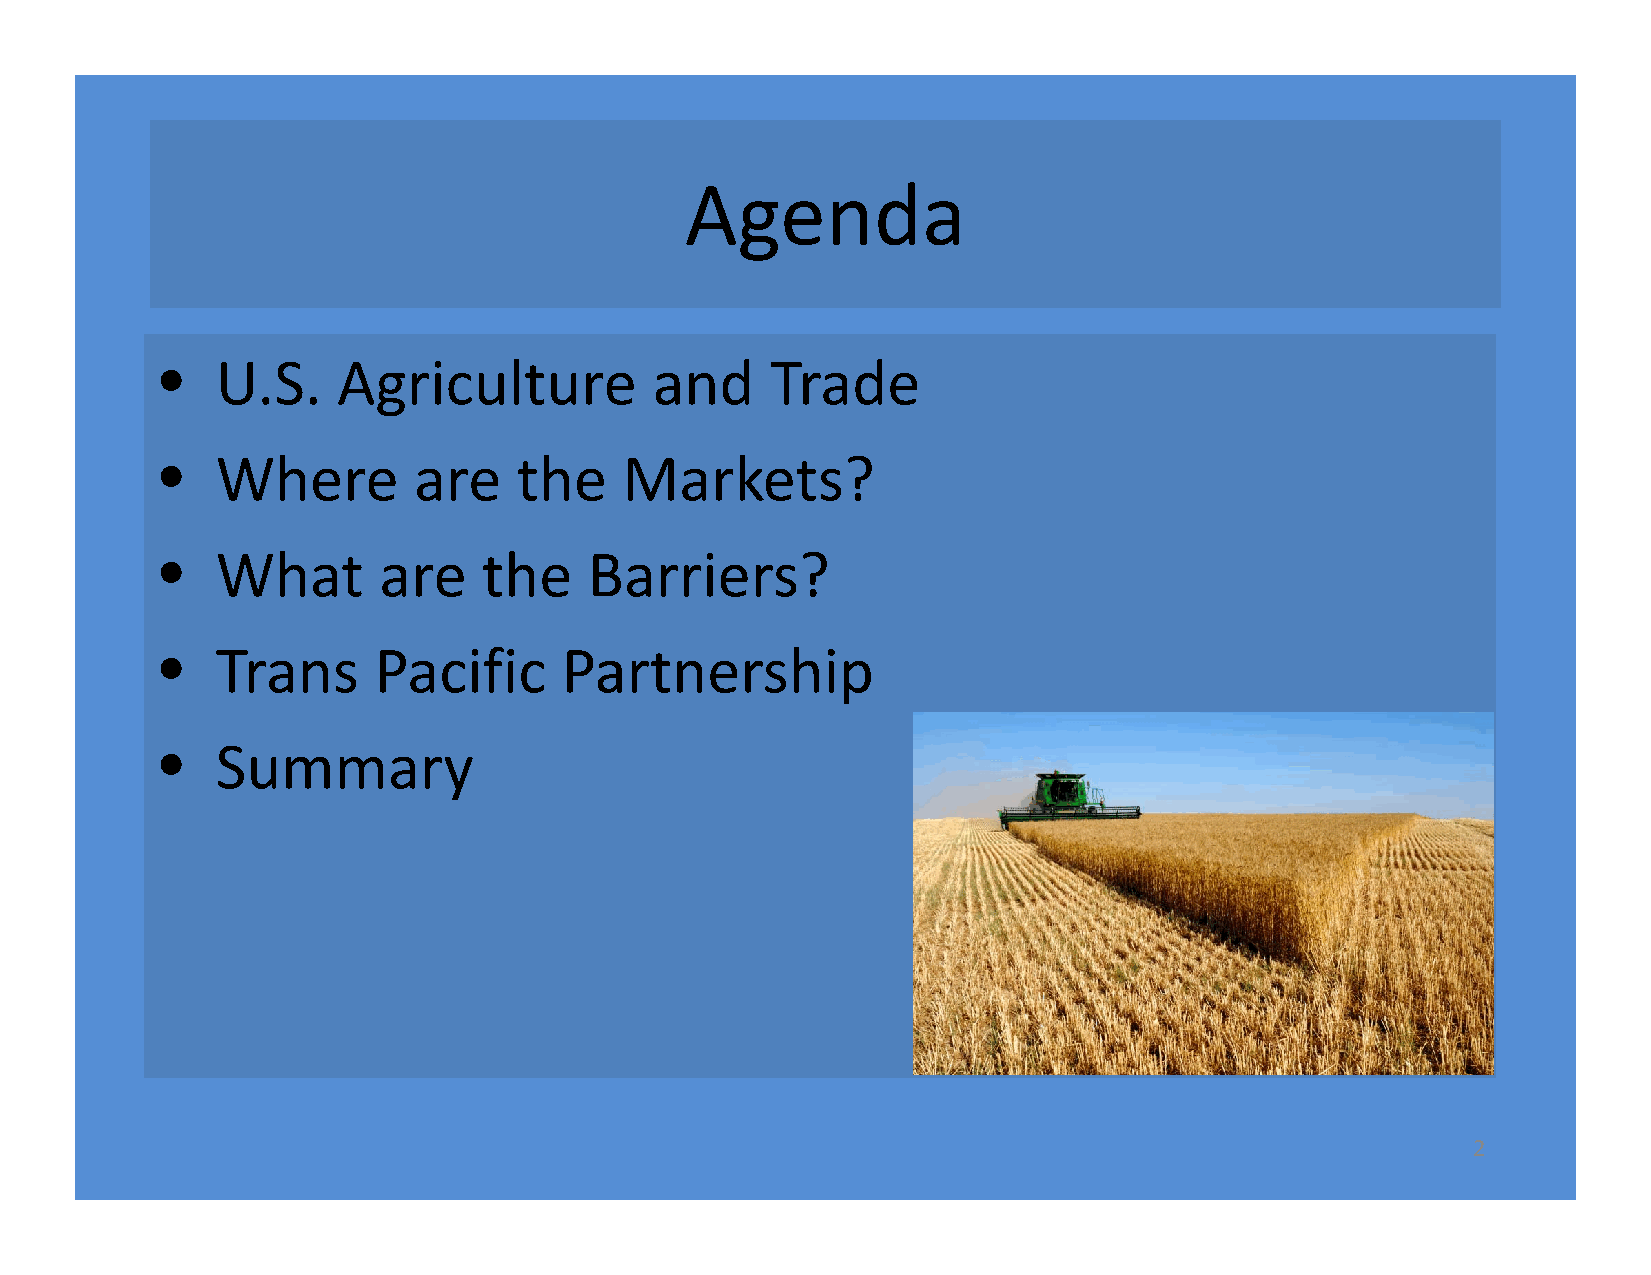
Agenda
 •  U.S.    Agriculture          and     Trade
 •  Where        are    the    Markets?
 •  What       are    the    Barriers?
 •  Trans      Pacific     Partnership
 •  Summary
 2